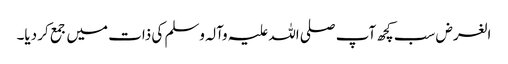
الغرض سب کچھ آپ صلی اللہ علیہ وآلہ وسلم کی ذات میں جمع کر دیا۔